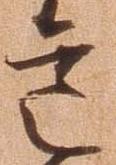
意